Report on sanitation, dispensaries, and jails in Rajputana for 1915, and on vaccination for the year 1915-1916 - 1915-1916
Year: 1915
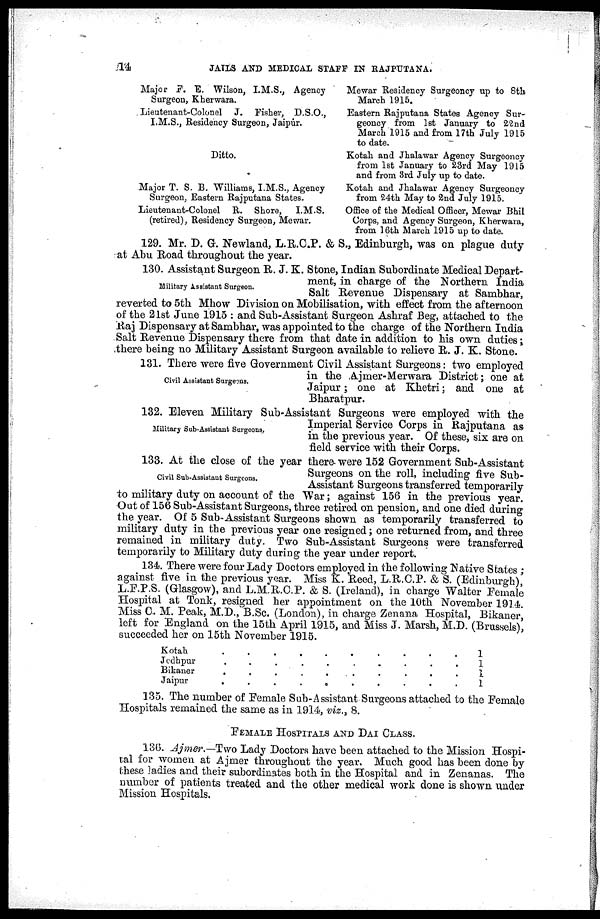
14
JAILS AND MEDICAL STAFF IN RAJPUTANA.
Major F. E. Wilson, I.M.S., Agency
Surgeon, Kherwara.
Lieutenant-Colonel J. Fisher, D.S.O.,
I.M.S., Residency Surgeon, Jaipur.
Ditto.
Major T. S. B. Williams, I.M.S., Agency
Surgeon, Eastern Rajputana States.
Lieutenant-Colonel R. Shore,
I.M.S.
(retired), Residency Surgeon, Mewar.
Mewar Residency Surgeoncy up to 8tb
March 1915.
Eastern Rajputana States Agency Sur-
geoncy from 1st January to 22nd
March 1915 and from 17th July 1915
to date.
Kotali and Jhalawar Agency Surgeoncy
from 1st January to 23rd May 1915
and from 3rd July up to date.
Kotah and Jhalawar Agency Surgeoncy
from 24th May to 2nd July 1915.
Office of the Medical Officer, Mewar Bhil
Corps, and Agency Surgeon, Kherwara,
from 16th March 1915 up to date.
129. Mr. D. G. Newland, L.R.C.P. & S., Edinburgh, was on plague duty
at Abu Road throughout the year.
Military Assistant Surgeon.
130. Assistant Surgeon R. J. K. Stone, Indian Subordinate Medical Depart-
ment, in charge of the Northern India
Salt Revenue Dispensary at Sambhar,
reverted to 5th Mhow Division on Mobilisation, with effect from the afternoon
of the 21st June 1915 : and Sub-Assistant Surgeon Ashraf Beg, attached to the
Raj Dispensary at Sambhar, was appointed to the charge of the Northern India
Salt Revenue Dispensary there from that date in addition to his own duties;
there being no Military Assistant Surgeon available to relieve R. J. K. Stone.
Civil Assistant Surgeons.
131. There were five Government Civil Assistant Surgeons: two employed
in the Ajmer-Merwara District; one at
Jaipur; one at Khetri; and one at
Bharatpur.
Military Sub-Assistant Surgeons..
132. Eleven Military Sub-Assistant Surgeons were employed with the
Imperial Service Corps in Rajputana as
in the previous year. Of these, six are on
field service with their Corps.
Civil Sub-Assistant Surgeons.
133. At the close of the year there were 152 Government Sub-Assistant
Surgeons on the roll, including five Sub-
Assistant Surgeons transferred temporarily
to military duty on account of the "War; against 156 in the previous year.
Out of 156 Sub-Assistant Surgeons, three retired on pension, and one died during
the year. Of 5 Sub-Assistant Surgeons shown as temporarily transferred to
military duty in the previous year one resigned; one returned from, and three
remained in military duty. Two Sub-Assistant Surgeons were transferred
temporarily to Military duty during the year under report.
134. There were four Lady Doctors employed in the following Native States ;
against five in the previous year. Miss K. Reed, L.R.C.P. & S. (Edinburgh),
L.F.P.S. (Glasgow), and L.M.R.C.P. & S. (Ireland), in charge Walter Female
Hospital at Tonk, resigned her appointment on the 10th November 1914.
Miss C. M. Peak, M.D., B.Sc. (London), in charge Zenana Hospital, Bikaner
left for England on the 15th April 1915, and Miss J. Marsh, M.D. (Brussels)!
succeeded her on 15th November 1915.
Kotah . . . . . . . . . .
Jodhpur . . . . . . . . .
Bikaner
.
.
.
.
.
.
.
.
.
.
Jaipur
.
.
.
.
.
.
.
.
.
.
1
1
1
1
135. The number of Female Sub-Assistant Surgeons attached to the Female
Hospitals remained the same as in 1914, viz., 8.
FEMALE HOSPITALS AND DAI CLASS.
136. Ajmer.—Two Lady Doctors have been attached to the Mission Hospi-
tal for women at Ajmer throughout the year. Much good has been done by
these ladies and their subordinates both in the Hospital and in Zenanas. The
number of patients treated and the other medical work done is shown under
Mission Hospitals.